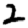
Digit: 2